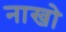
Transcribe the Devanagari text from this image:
नाखो